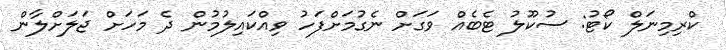
ކްރިމިނަލް ކޯޓު: ސުކޫލު ޓެބެއް ވަގަށް ނެގުމަށްފަހު ވިއްކައިލުމުން ދެ މަހަށް ޖަލަށްލާން